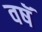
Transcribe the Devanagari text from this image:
वषॅ